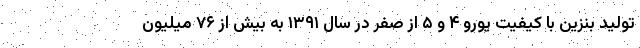
تولید بنزین با کیفیت یورو ۴ و ۵ از صفر در سال ۱۳۹۱ به بیش از ۷۶ میلیون